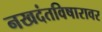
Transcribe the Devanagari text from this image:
नखदंतविषारावर